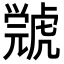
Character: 𧇳